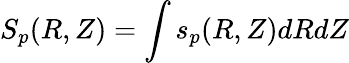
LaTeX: S_{p}(R,Z)=\int s_{p}(R,Z)dRdZ